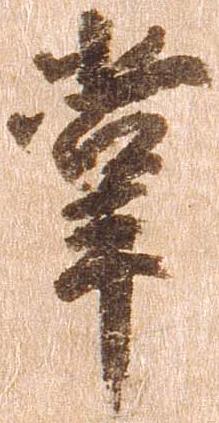
掌